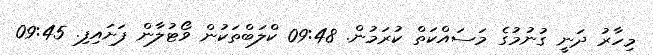
މިހާރު ދަނީ ގުނުމުގެ މަސައްކަތް ކުރަމުން. 09:48 ކްލަބްތަކުން ވޯޓުލާން ފަށައިފި. 09:45